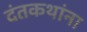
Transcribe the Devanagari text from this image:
दंतकथांना